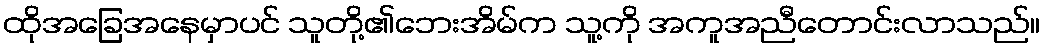
ထိုအခြေအနေမှာပင် သူတို့၏ဘေးအိမ်က သူ့ကို အကူအညီတောင်းလာသည်။